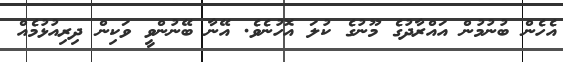
އެހެން ބުނުމުން އައްރާދުގެ މޫނުގެ ކުލަ އޮހުނެވެ. އޭނާ ބޭނުންވީ ވަކިން ދިރިއުޅުމެއް